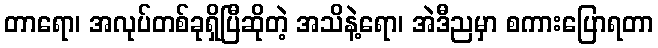
တာရော၊ အလုပ်တစ်ခုရှိပြီဆိုတဲ့ အသိနဲ့ရော၊ အဲဒီညမှာ စကားပြောရတာ